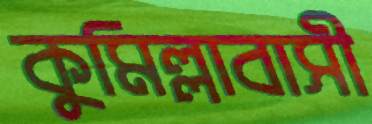
কুমিল্লাবাসী